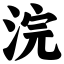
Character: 浣